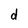
Character: d